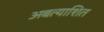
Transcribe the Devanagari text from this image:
अबत्याशित